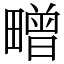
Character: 㽪